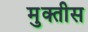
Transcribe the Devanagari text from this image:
मुक्तीस